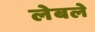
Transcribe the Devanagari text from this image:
लेबले